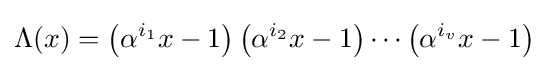
\Lambda (x)=\left(\alpha ^{i_{1}}x-1\right)\left(\alpha ^{i_{2}}x-1\right)\cdots \left(\alpha ^{i_{v}}x-1\right)